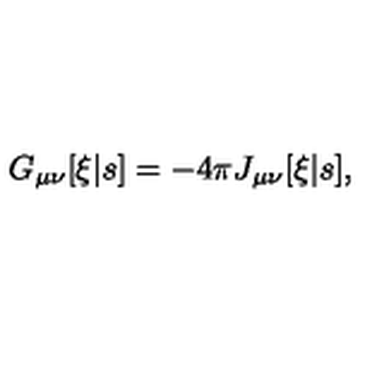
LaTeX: G _ { \mu \nu } [ \xi | s ] = - 4 \pi J _ { \mu \nu } [ \xi | s ] ,